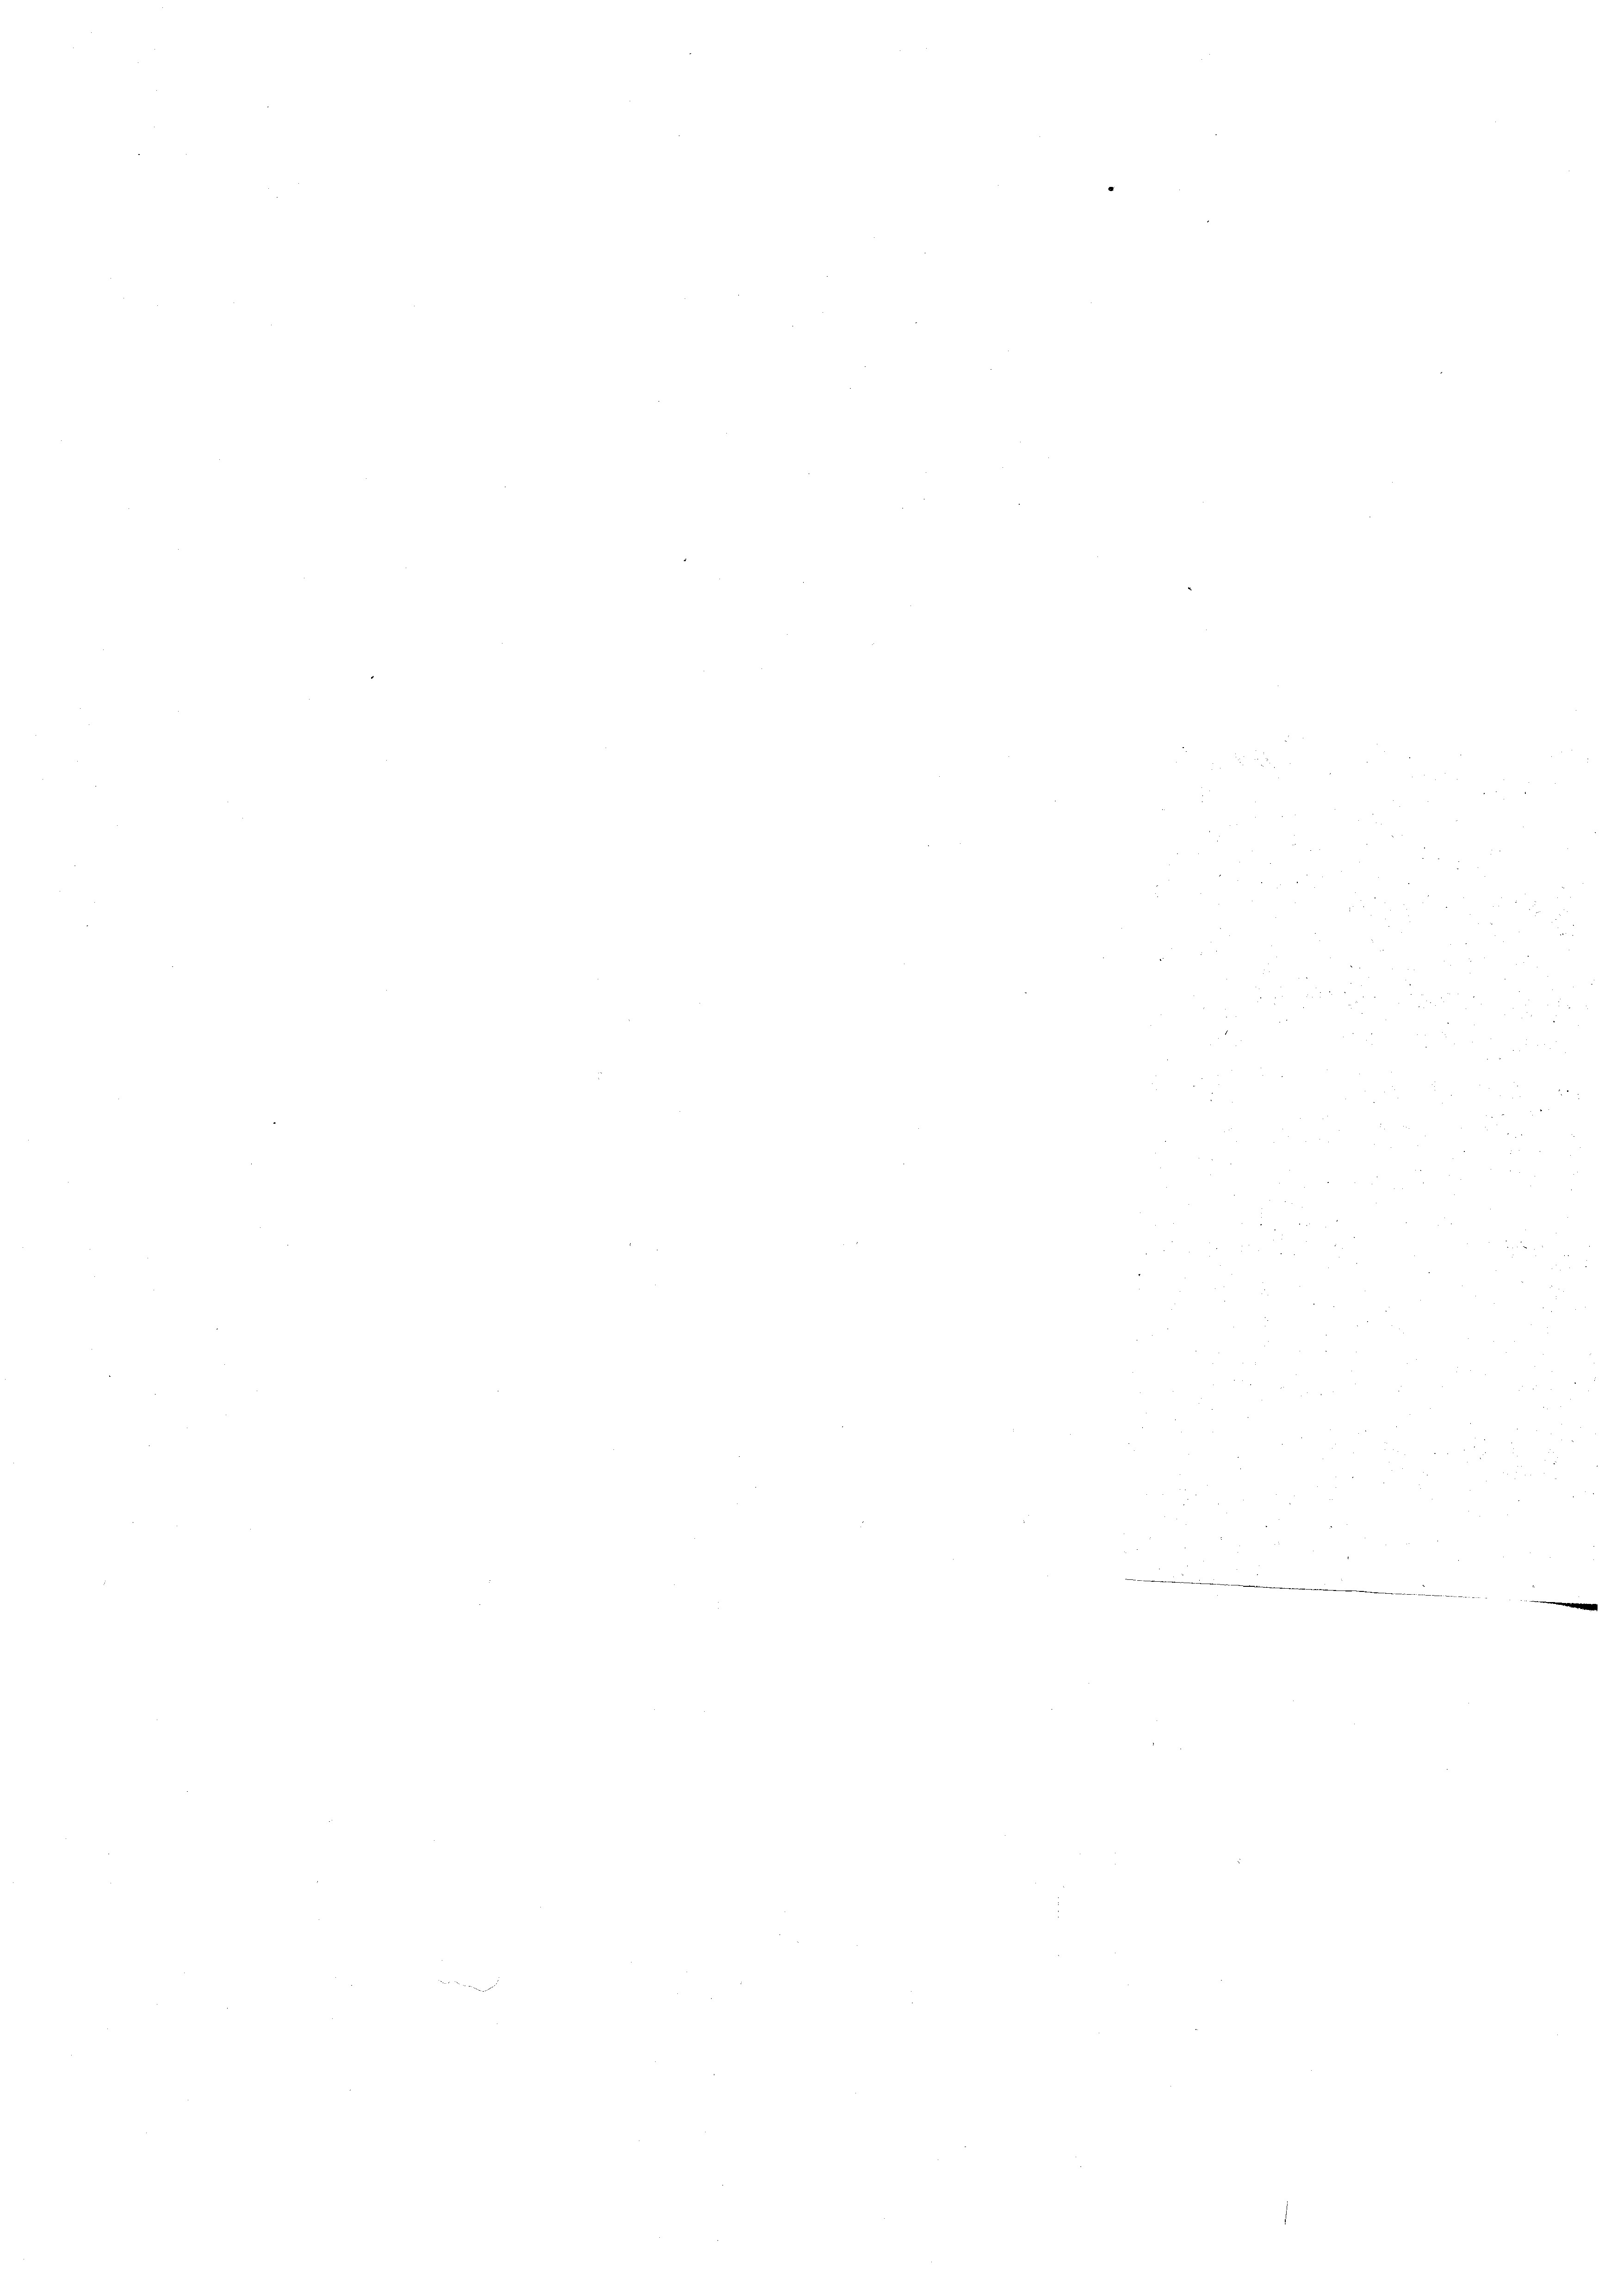
n

e
.
n
n
e
e
n
¬
e
.
e
e
e
e
225
e
e
e
2
5
¬
n
n
e
n
 x 2 2 § 22 "
n

d
.
e
e
n
n
e
e
e
u
n
.
n
.

n
e
N 2

¬
22
e
s
¬
e
n

e
e
2 84
n
.
f
e
 2
5
e
e

x
s
e
s
.
.
e
2
1
e
u
i
2

e noch wenn der u immer warenten er werden in den der den

e